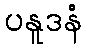
ပနူဒနံ